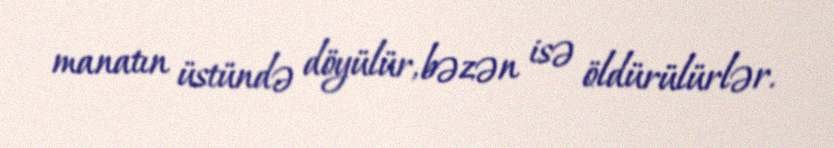
manatın üstündə döyülür, bəzən isə öldürülürlər.